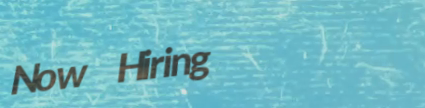
Now Hiring